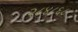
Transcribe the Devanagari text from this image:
२८४८६८